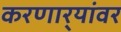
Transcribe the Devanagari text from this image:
करणार्‍यांवर